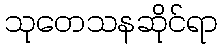
သုတေသနဆိုင်ရာ